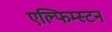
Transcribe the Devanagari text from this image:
एल्फिम्स्टन